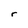
Character: r